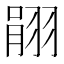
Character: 𦐽